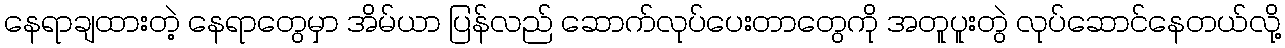
နေရာချထားတဲ့ နေရာတွေမှာ အိမ်ယာ ပြန်လည် ဆောက်လုပ်ပေးတာတွေကို အတူပူးတွဲ လုပ်ဆောင်နေတယ်လို့